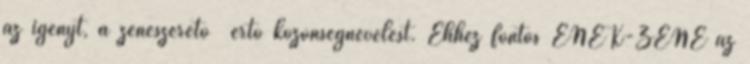
az igényt, a zeneszerető értő közönségnevelést. Ehhez fontos ÉNEK-ZENE az